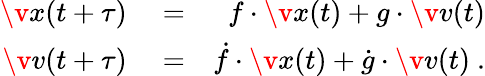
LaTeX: \begin{array}{rlr}{\v{x}(t+\tau)}&{{}=}&{f\cdot\v{x}(t)+g\cdot\v{v}(t)}\\ {\v{v}(t+\tau)}&{{}=}&{\dot{f}\cdot\v{x}(t)+\dot{g}\cdot\v{v}(t)\ .}\end{array}